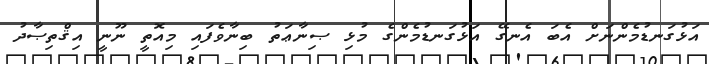
އަޅުގަނޑުމެންނަށް އެބަ އެނގޭ އަޅުގަނޑުމެންގެ މުޅި ޞިނާޢަތު ބިނާވެފައި މިއޮތީ ނޫނީ އިޤްތިޞާދު